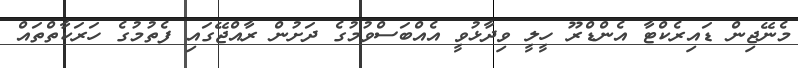
މެނޭޖިން ޑައިރެކްޓާ އެންޑްރޫ ހީލީ ވިދާޅުވީ އެއްބަސްވުމުގެ ދަށުން ރާއްޖޭގައި ފެތުމުގެ ހަރަކާތްތައް